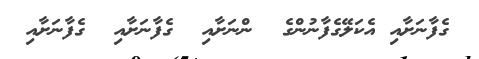
ގެފާނަށާއި އެކަލޭގެފާނުންގެ  ންނަށާއި  ގެފާނަށާއި  ގެފާނަށާއި